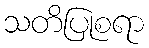
သတိပြုစရာ